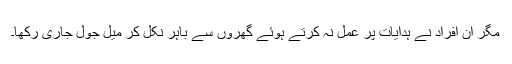
مگر ان افراد نے ہدایات پر عمل نہ کرتے ہوئے گھروں سے باہر نکل کر میل جول جاری رکھا۔